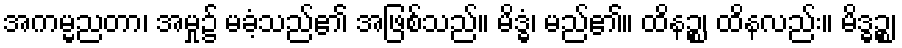
အကမ္မညတာ၊ အမှု၌ မခံ့သည်၏ အဖြစ်သည်။ မိဒ္ဓံ၊ မည်၏။ ထိနဉ္စ၊ ထိနလည်း။ မိဒ္ဓဉ္စ၊